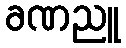
ခဏညူ